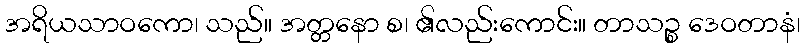
အရိယသာဝကော၊ သည်။ အတ္တနော စ၊ ၏လည်းကောင်း။ တာသဉ္စ ဒေဝတာနံ၊